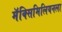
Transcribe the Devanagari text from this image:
मॅक्सिमिलियनला